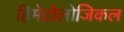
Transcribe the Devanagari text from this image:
हिमेटोलोजिकल